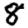
Digit: 8